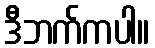
ဒီဘက်ကပါ။